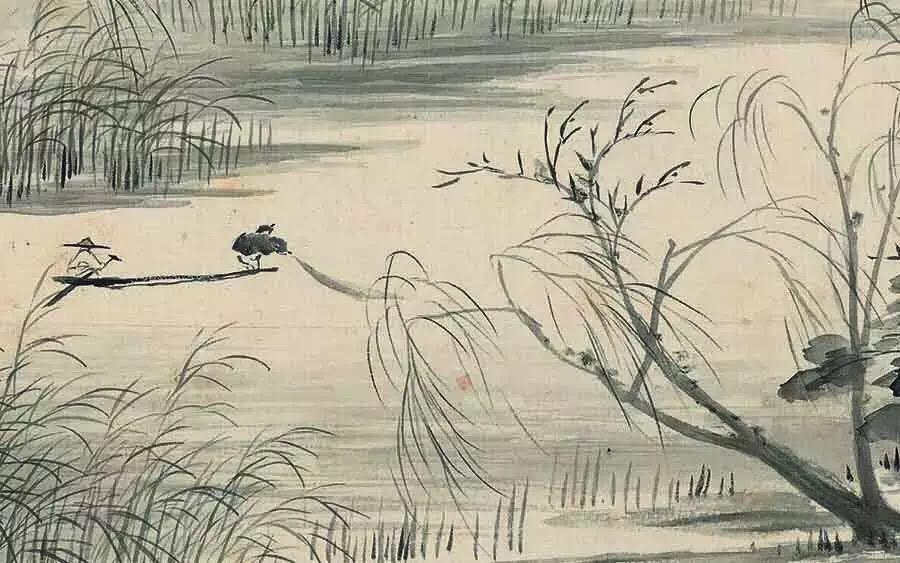
时见幽人独往来，缥缈孤鸿影。